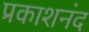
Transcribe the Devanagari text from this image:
प्रकाशनंद